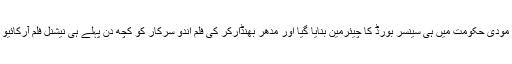
پرسون جوشی کو مودی حکومت میں ہی سینسر بورڈ کا چیئرمین بنایا گیا اور مدھر بھنڈارکر کی فلم اندو سرکار کو کچھ دن پہلے ہی نیشنل فلم آرکائیو کا حصہ بنایا گیا۔